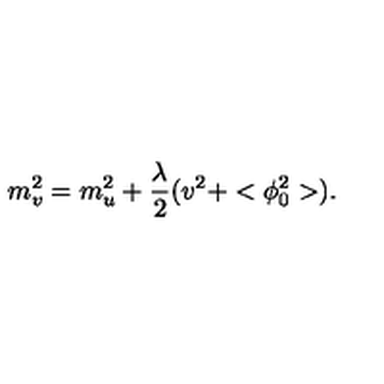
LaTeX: m _ { v } ^ { 2 } = m _ { u } ^ { 2 } + \frac { \lambda } { 2 } ( v ^ { 2 } + < \phi _ { 0 } ^ { 2 } > ) .